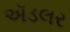
ઍડલર